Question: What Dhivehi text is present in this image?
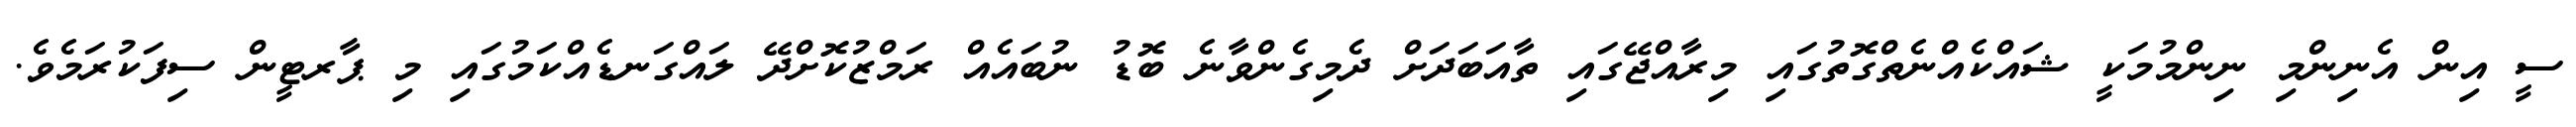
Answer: ސީ އިން އެނިންމި ނިންމުމަކީ ޝައްކެއްނެތްގޮތުގައި މިރާއްޖޭގައި ތާއަބަދަށް ދެމިގެންވާނެ ބޮޑު ނުބައެއް ރަމްޒުކޮށްދޭ ލައްގަނޑެއްކަމުގައި މި ޕާރޓީން ސިފަކުރަމެވެ.